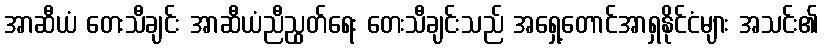
အာဆီယံ တေးသီချင်း အာဆီယံညီညွတ်ရေး တေးသီချင်းသည် အရှေ့တောင်အာရှနိုင်ငံများ အသင်း၏